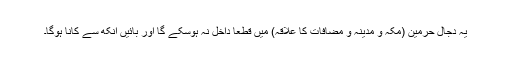
یہ دجال حرمین (مکہ و مدینہ و مضافات کا علاقہ) میں قطعاً داخل نہ ہوسکے گا اور بائیں آنکھ سے کانا ہوگا۔